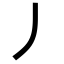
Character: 丿